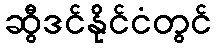
ဆွီဒင်နိုင်ငံတွင်